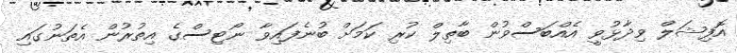
އޮފިޝަލް ވިދާޅުވީ އެއްބަސްވުން ބާތިލް ކުރި ކަމަށް ބުނެފައިވާ ނޯޓިސްގެ އިތުރުން އެތަނުގައި